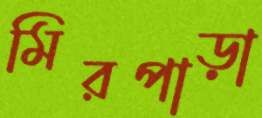
মিরপাড়া